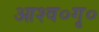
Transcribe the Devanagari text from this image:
आश्व०गृ०